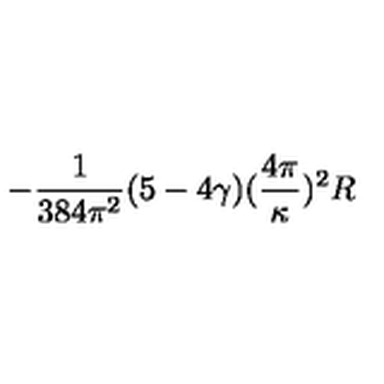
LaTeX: - \frac { 1 } { 3 8 4 \pi ^ { 2 } } ( 5 - 4 \gamma ) ( \frac { 4 \pi } { \kappa } ) ^ { 2 } R